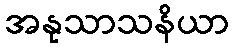
အနုသာသနိယာ